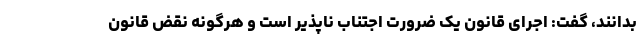
بدانند، گفت: اجرای قانون یک ضرورت اجتناب ناپذیر است و هرگونه نقض قانون